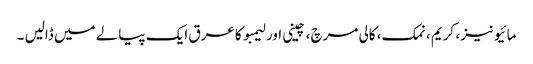
مائیونیز، کریم ، نمک، کالی مرچ، چینی اور لیمبو کا عرق ایک پیالے میں ڈالیں ۔